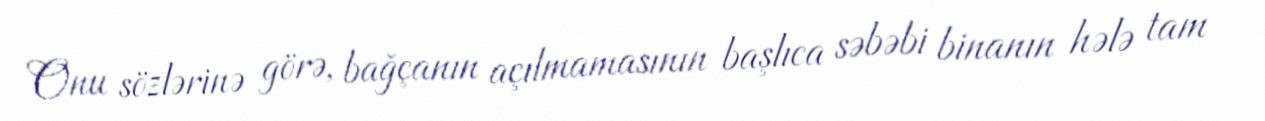
Onu sözlərinə görə, bağçanın açılmamasının başlıca səbəbi binanın hələ tam